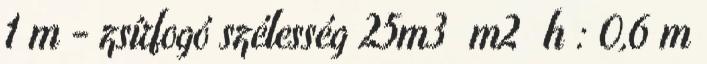
1 m - zsírfogó szélesség 25m3 m2 h : 0,6 m